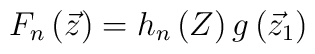
F_{n}\left({\vec z}\right) = h_{n}\left(Z\right) g\left({\vec z}_{1}\right)